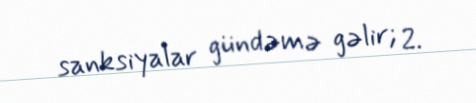
sanksiyalar gündəmə gəlir; 2.